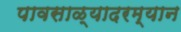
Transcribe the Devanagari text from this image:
पावसाळ्यादरम्यान